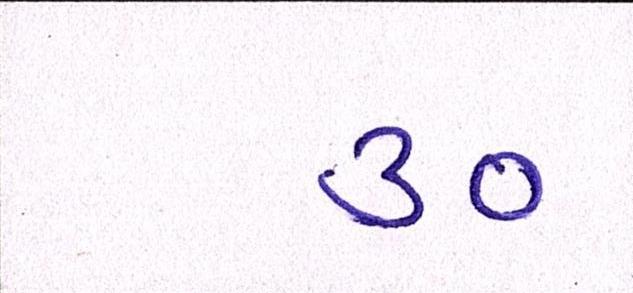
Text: ૩૦